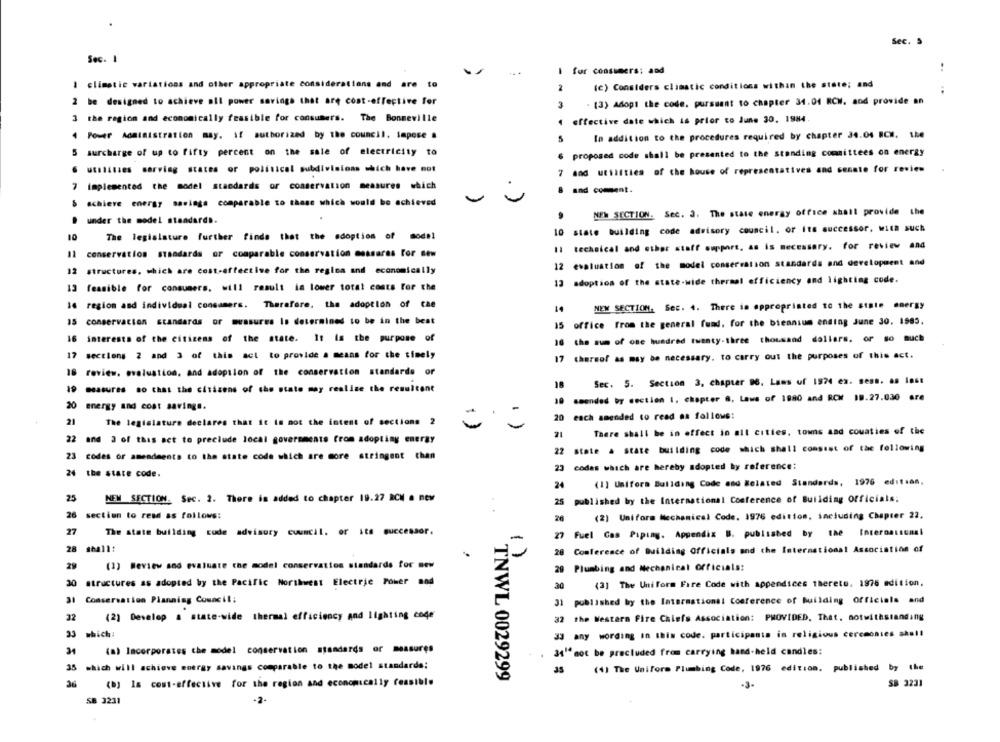
Sec. 5
Sec. 1
..
I for consumers; and
I climatic variations and other appropriate considerations and are to
2
(c) Considers climatic conditions within the state; and
2 be designed to achieve all power savings that are cost-effective for
3
. (3) Adopl the code. pursuant to chapter 34.04 RCW. and provide an
3 the region and economically feasible for consumers. The Bonneville
effective date which is prior to June 30. 1984.
4 Power Administration may. if authorized by the council. impose .
5
In addition to the procedures required by chapter 34.04 RCW. the
5 surcharge of up to fifty percent on the sale of electricity to
6 proposed code shall be presented to the standing committees on energy
utilities serving states of political subdivisions which have not
7 and utilities of the house of representatives and senato for review
7 implemented the model standards or conservation measures which
8 and coment.
-
achieve energy savings comparable to those which would be achieved
NEW SECTION. Sec. 3. The state energy office shall provide the
under the model standards.
10 state building code advisory council, or ito successor, with such
10
The legislature further finds that the adoption of model
Il technical and other staff support, as is necessary. for review and
11
conservation standards or comparable conservation esasares For new
12 evaluation of the model conservation standards and development and
12 structures, which are cost-effective for the regina and economically
13 adoption of the state-wide thermal efficiency and lighting code.
13 feasible for consumers. will result in lower total costs for the
16 region and individual consumers. Therefore, the adoption of cae
NEW SECTION. Sec. 4. There is appropriated to the state energy
14
15 conservation standards or measures Is determined to be in the best
15 office from the general fund, for the biennium ending June 30. 1985.
16 interests of the citizens of the state. It is the purpose of
16 the sum of one hundred twenty-three thousand dollars. or so much
17 sections 2 and 3 of this act to provide a means for the timely
17 thereof as may be necessary. to carry out the purposes of this act.
18 review. evaluation, and adoption of the conservation standards or
18
Sec. 5. Section 3, chapter 96. Laws of 1974 ex. seas. as last
19 measures so that the citizens of the state may realize the resultant
10 amended by section 1. chapter 8, Laws of 1880 and RCM 10.27.030 are
20 energy and cost savings.
20 each amended to read as follows:
21
The legislature declares that it is not the intent of sections 2
=
There shall be in effect in all cities, towns and couaties of the
21
22 and 3 of this act to preclude local governments from adopting energy
22 state à state building code which shall consist of the following
23 codes or amendments to the state code which are more stringent than
23 codas which are hereby adopted by reference:
24 the state code.
(1] Uniform Building Code and Related Standards, 1976 edition,
24
25
NEW SECTION. Sec. 2. There is added to chapter 19.27 RCM a new
25
published by the International Conference of Building Officials;
26
section to read as follows:
20
(2) Uniform Mechanical Code. 1976 edition, including Chapter 22.
27
The state building code advisory council. or its successor.
27 Fuel Gas Piping. Appendix B. published by the International
28 shall:
28 Conference of Building Officials and the International Association of
1)
29
(3) Review and evaluate the model conservation standards for new
20 Plumbing and Mechanical Officials:
30
structures as adopted by the Pacific Northwest Electric Power mod
20
(3] The Uniform Fire Code with appendices thereto. 1976 edition,
31
Conservation Planning Council:
31 published by the International Conference of Building Officials and
32
(2) Develop a state-wide thermal efficiency and lighting code
32 the Western Fire Chiefs Association: PROVIDED, That. notwithstanding
33 which:
33 any wording in this code. participants in religious ceremonies shall
31
(a) Incorporates the model conservation standards or measures
34" not be precluded from carrying band-held candles:
35 which will achieve energy savings comparable to the model standards;
(4) The Unifore Plumbing Code, 1976 edition, published by the
36
(b) Is cost-effective for the region and economically feasible
TNWL 0029299
SB 3231
SB 3231
+2-